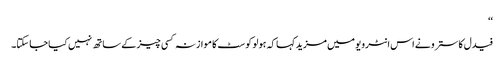
‘‘
فیدل کاسترو نے اس انٹرویو میں مزید کہا کہ ہولو کوسٹ کا موازنہ کسی چیز کے ساتھ نہیں کیا جا سکتا۔